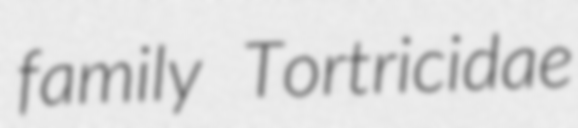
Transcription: family Tortricidae